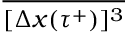
\overline { { [ \Delta x ( \tau ^ { + } ) ] ^ { 3 } } }